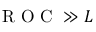
\mathrm { ~ R ~ O ~ C ~ } \gg L